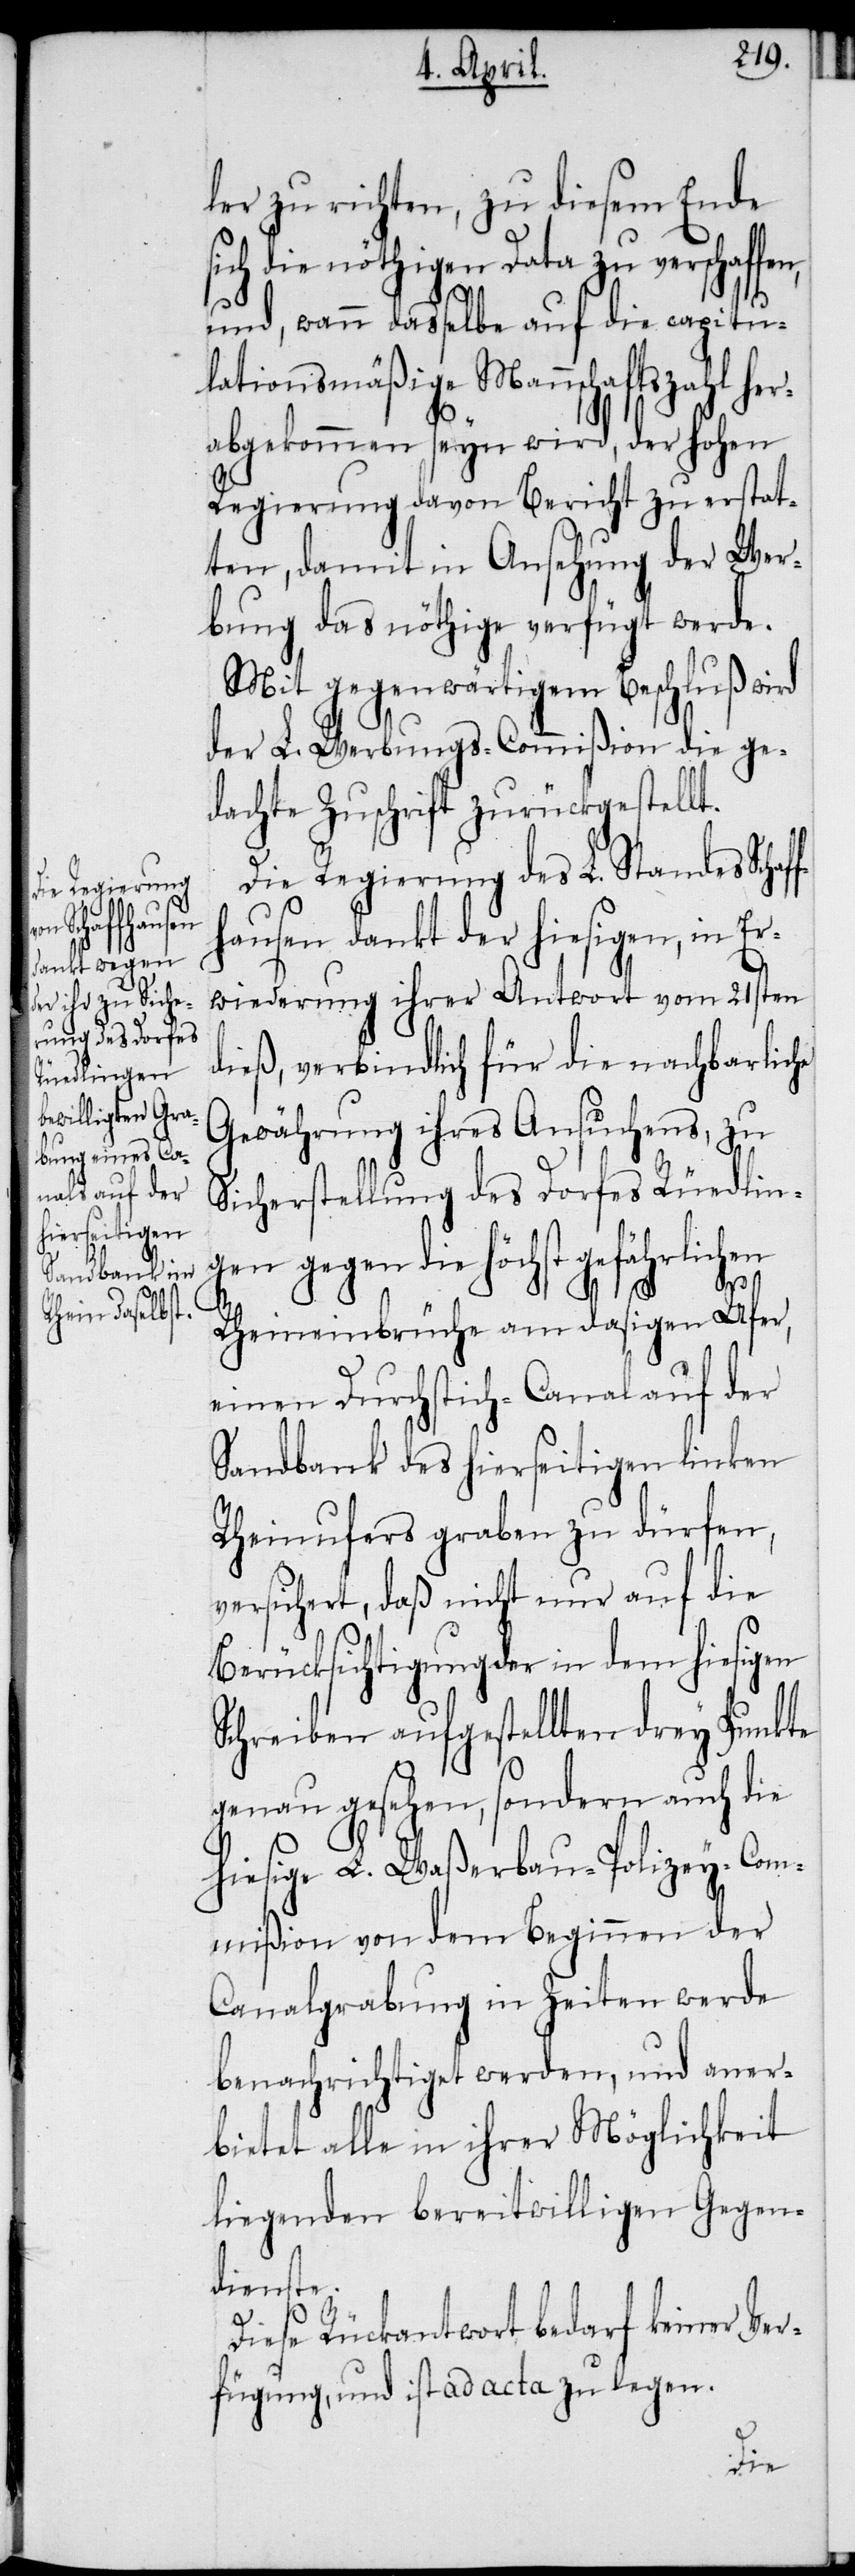
ler zu richten, zu diesem Ende
sich die nöthigen Data zu verschaffen,
und, wann dasselbe auf die capitu¬
lationsmäßige Mannschaftszahl he¬
rabgekommen seyn wird, der hohen
Regierung davon Bericht zu erstat¬
ten, damit in Ansehung der Wer¬
bung das nöthige verfügt werde.
Mit gegenwärtigem Beschluß wird
der L. Werbungs-Commißion die ge¬
dachte Zuschrift zurückgestellt.
Die Regierung des L. Standes Schaf¬
fhausen dankt der hiesigen, in Er¬
wiederung ihrer Antwort vom 21sten
dieß, verbindlich für die nachbarliche
Gewährung ihres Ansuchens, zu
Sicherstellung des Dorfes Rüedlin¬
gen gegen die höchst gefährlichen
Rheineinbrüche am dasigen Ufer,
einen Durchstich-Canal auf der
Sandbank des hierseitigen linken
Rheinufers graben zu dürfen,
versichert, daß nicht nur auf die
Berücksichtigung der in dem hiesigen
Schreiben aufgestellten drey Punkte
genau gesehen, sondern auch die
hiesige L. Waßerbau-Polizey-Com¬
mißion von dem Beginnen der
Canalgrabung in Zeiten werde
benachrichtiget werden, und aner¬
bietet alle in ihrer Möglichkeit
liegenden bereitwilligen Gegen¬
dienste.
Diese Rückantwort bedarf keiner Ver¬
fügung, und ist ad acta zu legen.